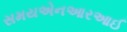
સમયએનઆરઆઈ